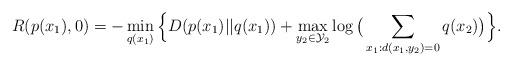
LaTeX: \begin{align*}R(p(x_1), 0)=-\min_{q(x_1)}\Big\{D(p(x_1)||q(x_1))+\max_{y_2\in \mathcal{Y}_2}\log\big(\sum_{x_1:d(x_1,y_2)=0}q(x_2)\big)\Big\}.\end{align*}